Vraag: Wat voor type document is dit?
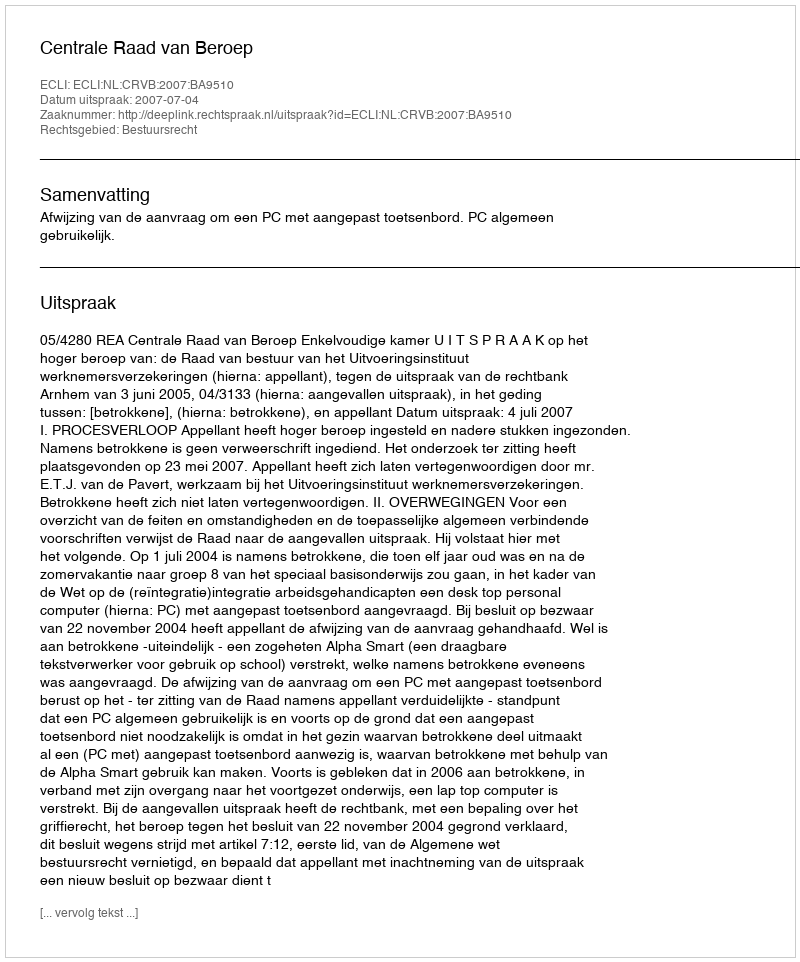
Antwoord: Uitspraak